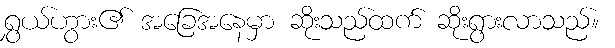
ရွှယ်ဟွား၏ အခြေအနေမှာ ဆိုးသည်ထက် ဆိုးရွားလာသည်။